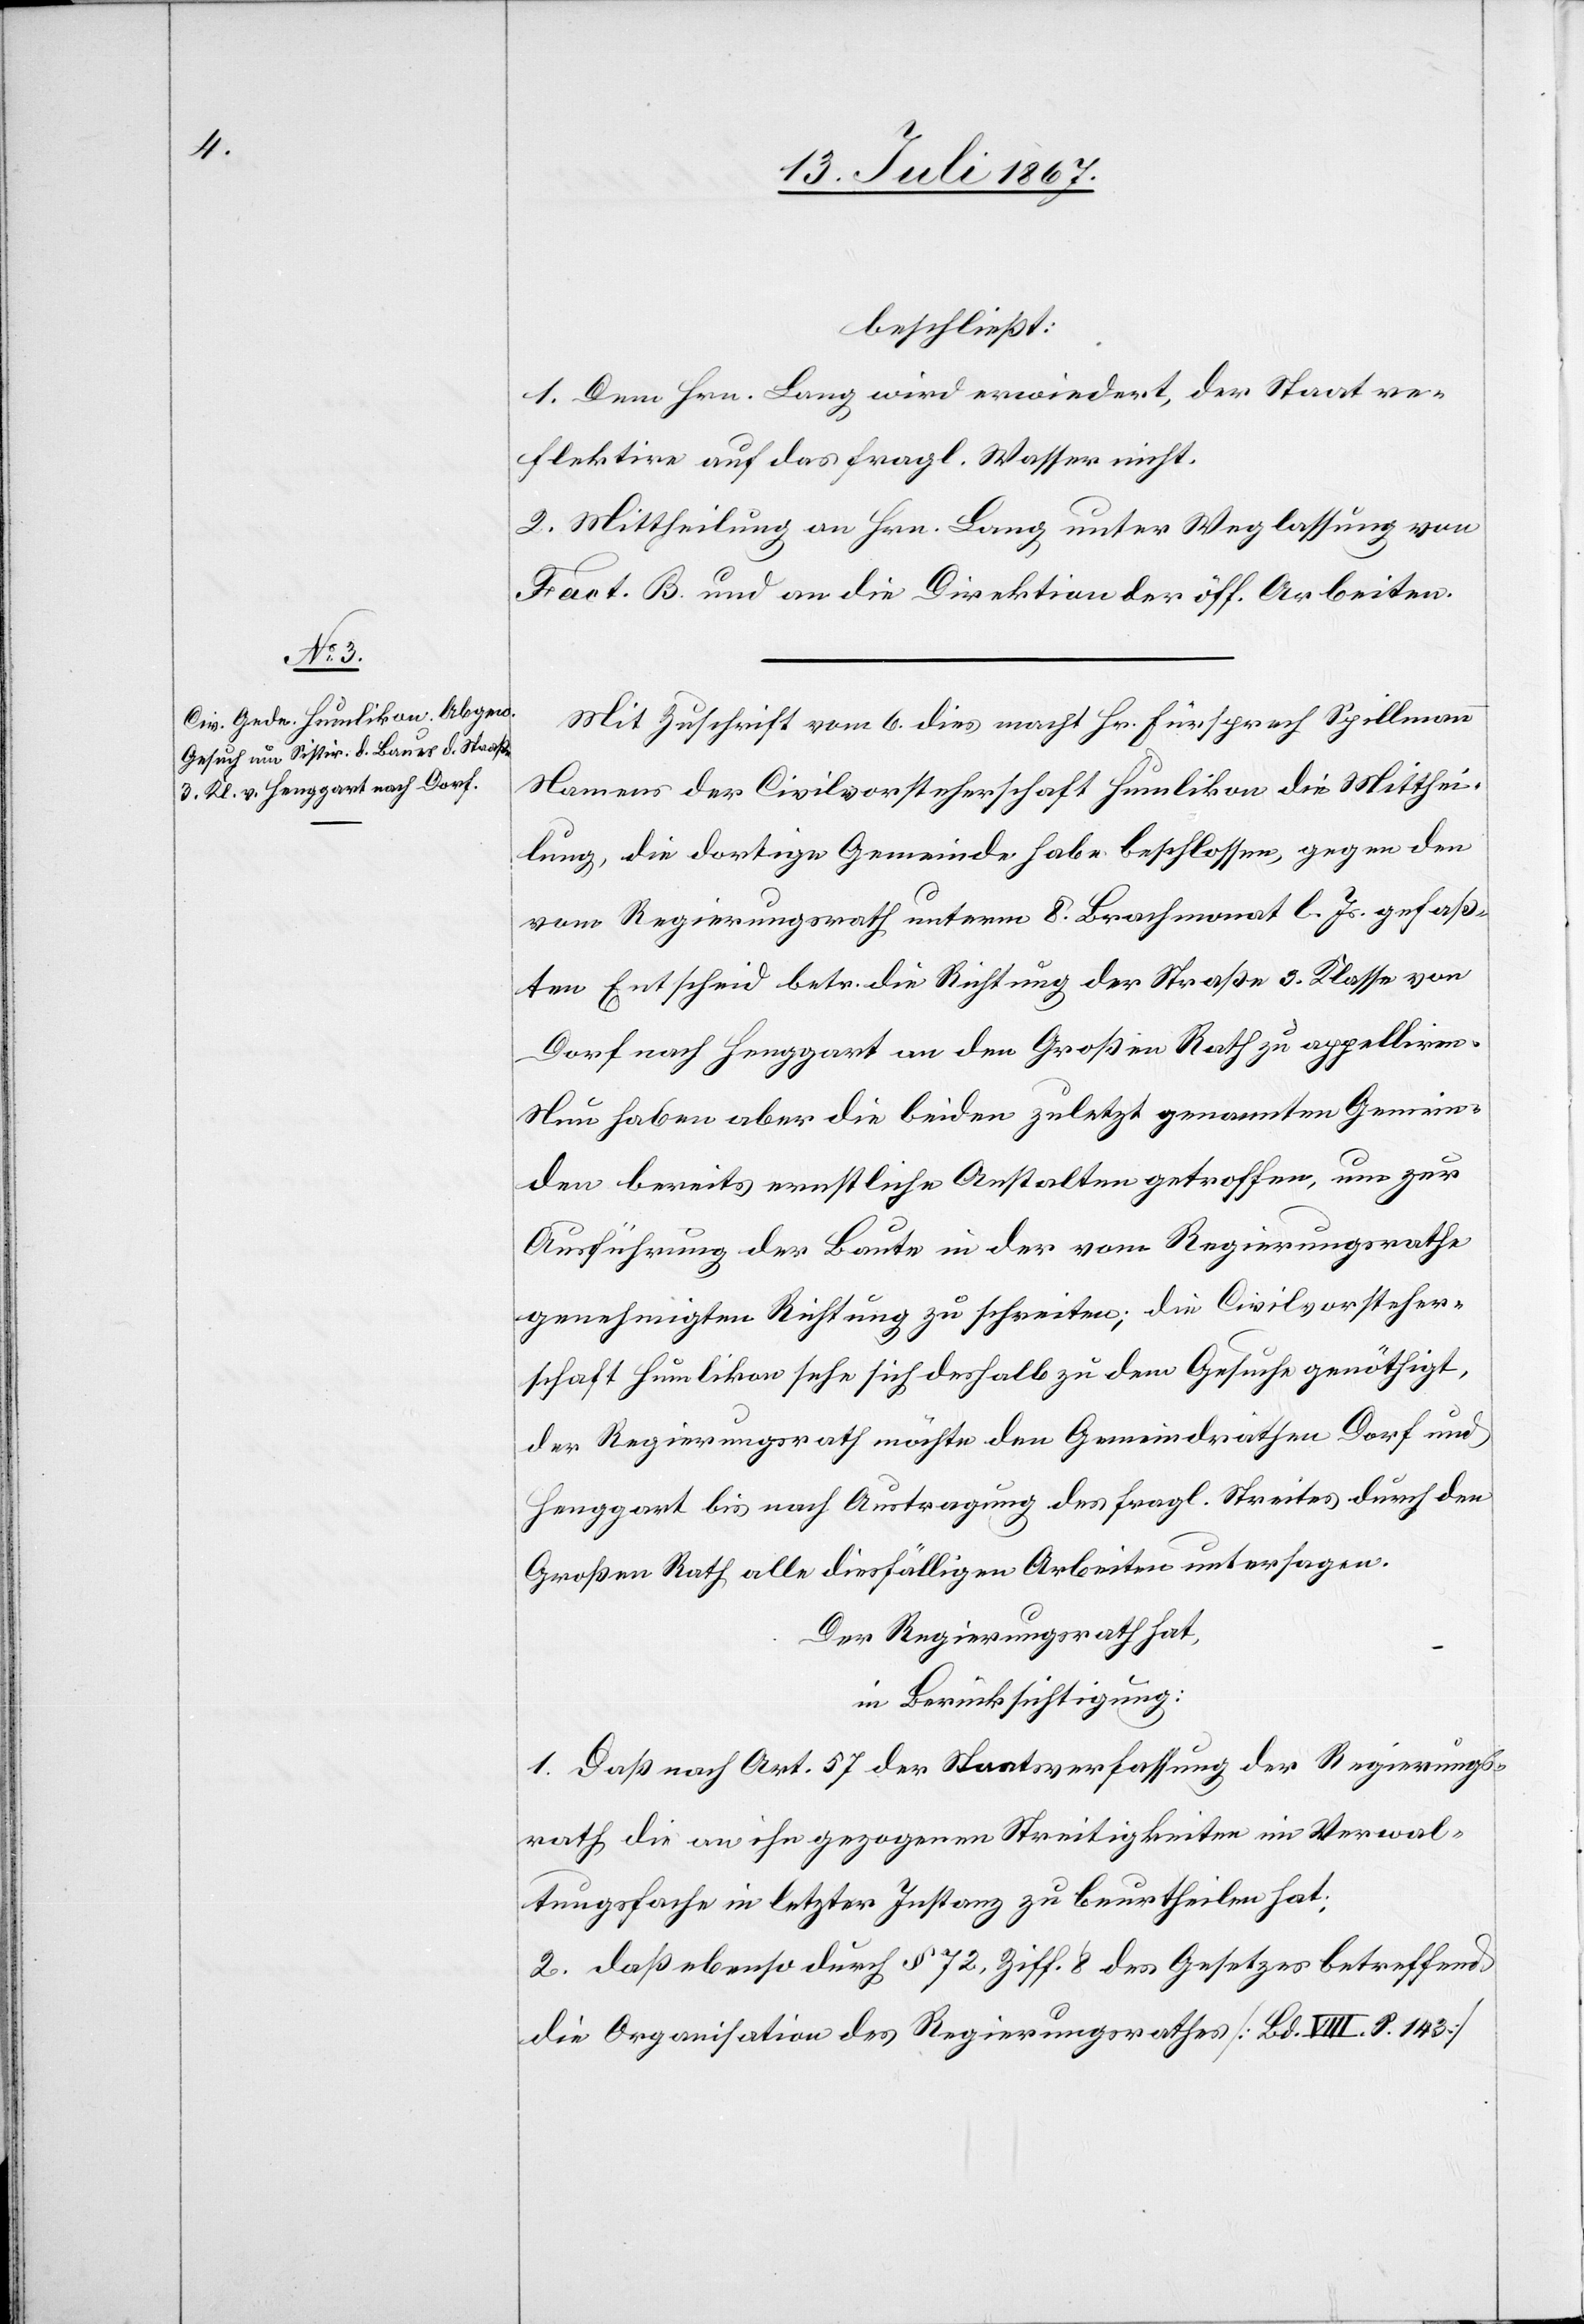
beschließt:
1. Dem Hrn. Lang wird erwiedert, der Staat re¬
flektire auf das fragl. Wasser nicht.
2. Mittheilung an Hrn. Lang unter Weglassung von
Fact. B. und an die Direktion der öff. Arbeiten.